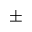
\pm